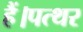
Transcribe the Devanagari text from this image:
हैं।पत्थर